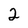
Character: 2